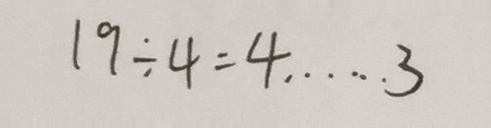
1 9 \div 4 = 4 \dot s \dot s 3